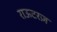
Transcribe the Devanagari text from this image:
राऊटरज़